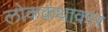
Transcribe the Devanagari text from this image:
लोककथाकार